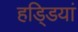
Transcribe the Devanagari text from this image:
हडि्डयां